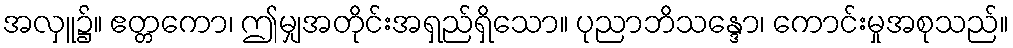
အလှူ၌။ ဧတ္တကော၊ ဤမျှအတိုင်းအရှည်ရှိသော။ ပုညာဘိသန္ဒော၊ ကောင်းမှုအစုသည်။